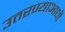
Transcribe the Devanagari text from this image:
उतरण्याआधी